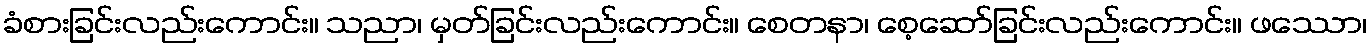
ခံစားခြင်းလည်းကောင်း။ သညာ၊ မှတ်ခြင်းလည်းကောင်း။ စေတနာ၊ စေ့ဆော်ခြင်းလည်းကောင်း။ ဖဿော၊